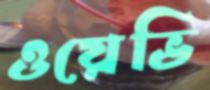
ওয়েভি